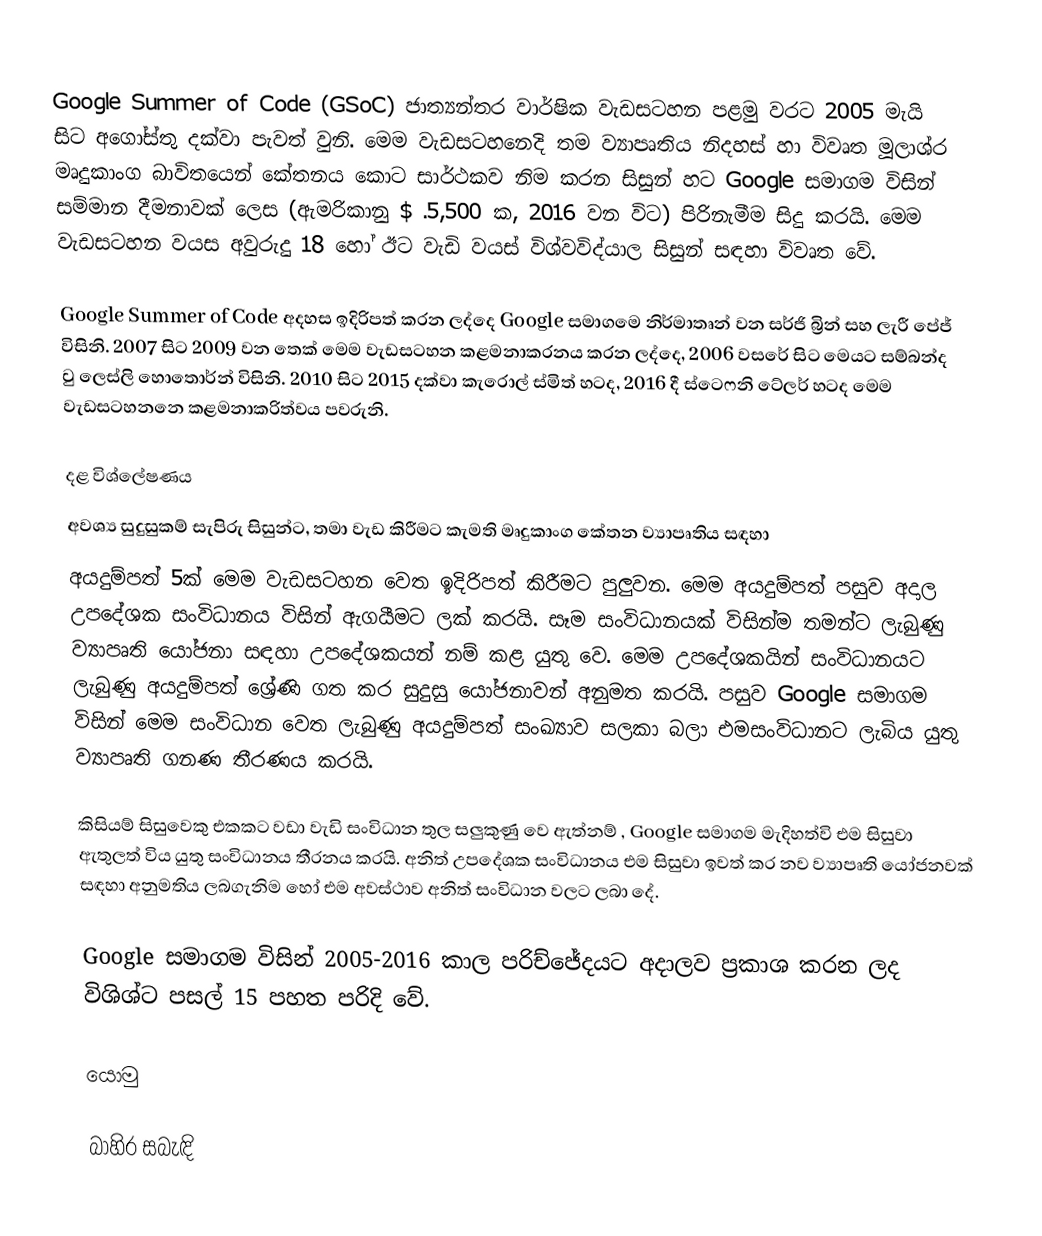
Google Summer of Code (GSoC) ජාත්‍යන්තර වාර්ෂික වැඩසටහන පළමු වරට 2005 මැයි  සිට අගෝස්තු  දක්වා පැවත් වුනි. මෙම වැඩසටහනෙදි තම ව්‍යාපෘතිය නිදහස් හා විවෘත මූලාශ්ර මෘදුකාංග බාවිතයෙන් කේතනය කොට සාර්ථකව නිම කරන සිසුන් හට  Google සමාගම විසින් සම්මාන දීමනාවක් ලෙස (ඇමරිකානු $ .5,500 ක, 2016 වන විට) පිරිනැමීම සිදු කරයි. මෙම වැඩසටහන වයස අවුරුදු 18 හෝ ඊට වැඩි වයස් විශ්වවිද්යාල සිසුන් සඳහා විවෘත වේ.

Google Summer of Code අදහස ඉදිරිපත් කරන ලද්දෙ Google සමාගමෙ නිර්මාතෘන් වන සර්ජි බ්‍රින් සහ ලැරී පේජ් විසිනි. 2007 සිට 2009 වන තෙක් මෙම වැඩසටහන කළමනාකරනය කරන ලද්දෙ, 2006 වසරේ සිට මෙයට සම්බන්ද වු  ලෙස්ලි හොතොර්න්  විසිනි.  2010 සිට 2015 දක්වා කැරොල් ස්මිත් හටද, 2016 දී ස්ටෙෆනි ටේලර් හටද මෙම වැඩසටහනනෙ කළමනාකරිත්වය පවරුනි.

දළ විශ්ලේෂණය
අවශ්‍ය සුදුසුකම්  සැපිරු සිසුන්ට, තමා වැඩ කිරීමට කැමති මෘදුකාංග කේතන ව්‍යාපෘතිය සඳහා
අයදුම්පත් 5ක් මෙම වැඩසටහන වෙත ඉදිරිපත් කිරීමට පුලුවන. මෙම අයදුම්පත් පසුව අදාල උපදේශක සංවිධානය විසින් ඇගයීමට ලක් කරයි.  සෑම සංවිධානයක් විසින්ම තමන්ට ලැබුණු ව්‍යාපෘති යෝජනා සඳහා උපදේශකයන්  නම් කළ යුතු වෙ. මෙම උපදේශකයින් සංවිධානයට ලැබුණු අයදුම්පත් ශ්‍රේණි ගත කර සුදුසු යෝජනාවන් අනුමත කරයි. පසුව Google සමාගම විසින් මෙම සංවිධාන වෙත ලැබුණු අයදුම්පත් සංඛ්‍යාව සලකා බලා එමසංවිධානට ලැබිය යුතු ව්‍යාපෘති ගනණ තීරණය කරයි. 

කිසි‍යම් සිසුවෙකු එකකට වඩා වැඩි සංවිධාන තුල සලුකුණු වෙ ඇත්නම් , Google සමාගම මැදිහත්වි එම සිසුවා ඇතුලත් විය යුතු සංවිධානය තීරනය කරයි. අනිත් උපදේශක සංවිධානය එම සිසුවා ඉවත් කර නව ව්‍යාපෘති යෝජනවක් සඳහා අනුමතිය ලබගැනිම හෝ එම අවස්ථාව  අනිත් සංවිධාන වලට ලබා දේ.

Google සමාගම විසින් 2005-2016 කාල පරිච්ජේදයට අදාලව ප්‍රකාශ කරන ලද විශිශ්ට පසල් 15 පහත පරිදි වේ.

යොමු

බාහිර සබැඳි